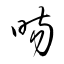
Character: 暘